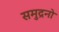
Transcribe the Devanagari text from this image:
समुद्रनो